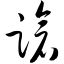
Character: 跄